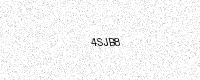
Text: 4SJB8